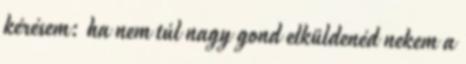
kérésem: ha nem túl nagy gond elküldenéd nekem a